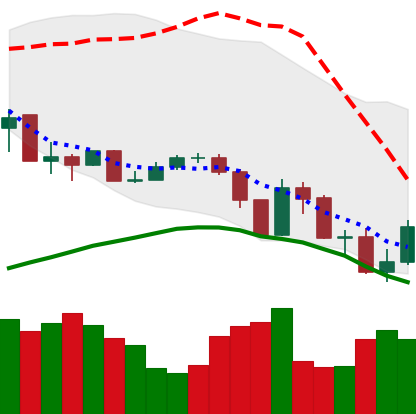
Ticker: XLM-USD
Chart end date: 2019-07-18
Forward return: -4.966%
Label: down_3_5